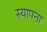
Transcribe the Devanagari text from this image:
स्यापना